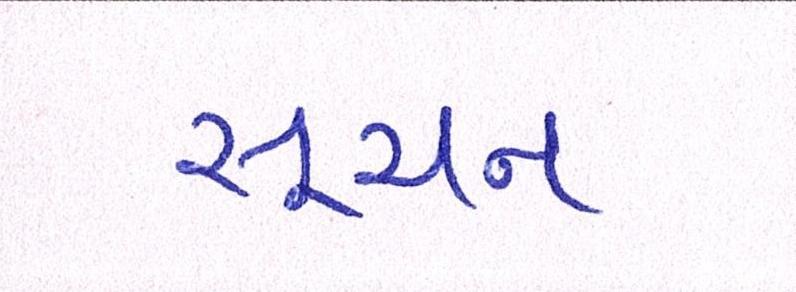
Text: સૂચન